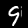
Label: 9